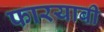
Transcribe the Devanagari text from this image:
फारयाबी